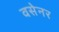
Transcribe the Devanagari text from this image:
वसेनर